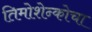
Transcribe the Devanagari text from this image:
तिमोशेन्कोचा